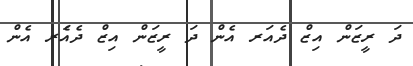
ދަ ރީޒަން އިޒް ދެއަރ އެން ދަ ރީޒަން އިޒް ދެއަެރ އެން